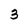
Character: 3